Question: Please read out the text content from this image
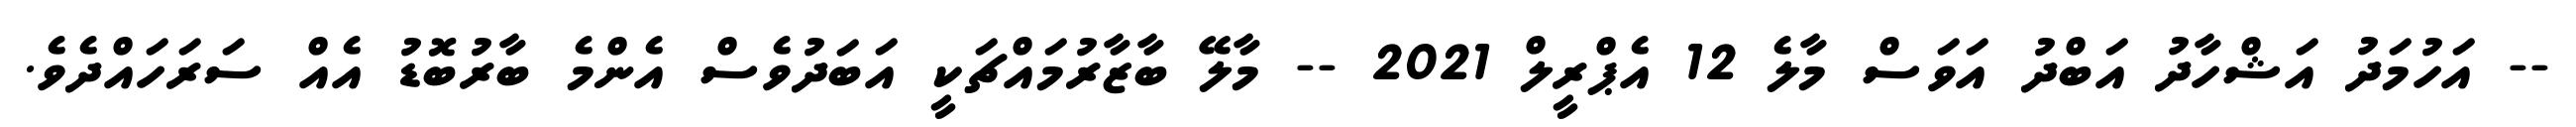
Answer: -- އަހުމަދު އަޝްހާދު އަބްދު އަވަސް މާލެ 12 އެޕްރީލް 2021 -- މާލޭ ބާޒާރުމައްޗަކީ އަބަދުވެސް އެންމެ ބާރުބޮޑު އެއް ސަރަހައްދެވެ.